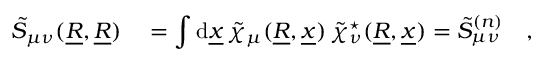
\begin{array} { r l } { \tilde { S } _ { \mu \nu } ( \underline { { R } } , \underline { { R } } ) } & { { } = \displaystyle \int \mathrm { d } \underline { { x } } \, \tilde { \chi } _ { \mu } ( \underline { { R } } , \underline { { x } } ) \, \tilde { \chi } _ { \nu } ^ { \star } ( \underline { { R } } , \underline { { x } } ) = \tilde { S } _ { \mu \nu } ^ { ( n ) } \quad , } \end{array}